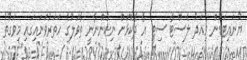
ޔުނައިޓަޑުން މިއަދު ލެސްޓާ ސިޓީ އާ ދެކޮޅަށް ނިކުންނާނީ ތާވަލުގެ ހަތަރުވަނައިގައި މިވަގުތު